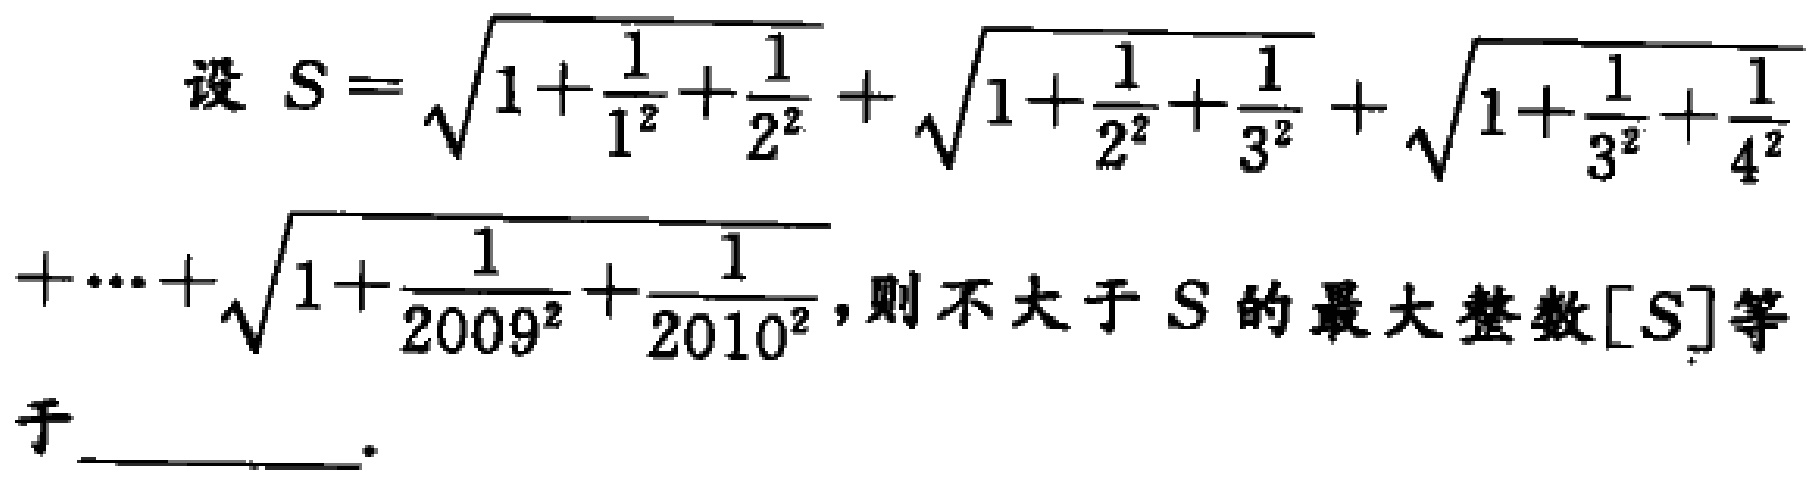
设 \(S = \sqrt{1+\frac{1}{1^{2}}+\frac{1}{2^{2}}}+\sqrt{1+\frac{1}{2^{2}}+\frac{1}{3^{2}}}+\sqrt{1+\frac{1}{3^{2}}+\frac{1}{4^{2}}}+\cdots+\sqrt{1+\frac{1}{2009^{2}}+\frac{1}{2010^{2}}}\)，则不大于 \(S\) 的最大整数 \([S]\) 等于 _________。